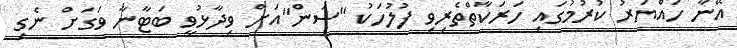
އޭނާ ހައްޔަރު ކުރުމުގައި ހަރަކާތްތެރިވި ފުލުހަކު "ސަން"އަށް ވިދާޅުވީ ބަޓާނާ ވަގަށް ނެގި